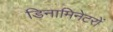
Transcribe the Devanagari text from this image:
डिनामिनेटरों